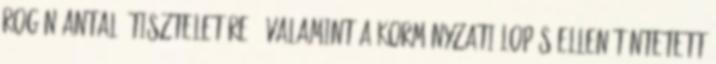
Rogán Antal "tiszteletére", valamint a kormányzati lopás ellen tüntetett